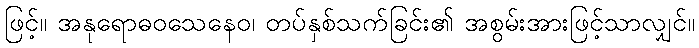
ဖြင့်။ အနုရောဓဝသေနေဝ၊ တပ်နှစ်သက်ခြင်း၏ အစွမ်းအားဖြင့်သာလျှင်။